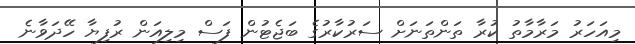
މިއަހަރު މަރާމާތު ކުރާ ތަންތަނަށް ސަރުކާރުގެ ބަޖެޓުން ފަސް މިލިއަން ރުފިޔާ ހޭދަވާނެ